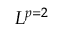
L ^ { p = 2 }